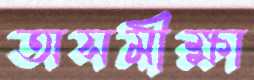
অসমীক্ষা